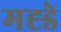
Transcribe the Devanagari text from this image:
मह्डे